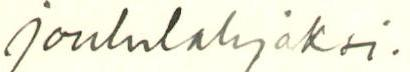
joululahjaksi.